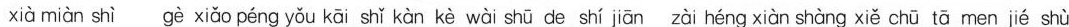
xià miàn shì gè xiǎo péng yǒu kāi shǐ kàn kè wài shū de shí jiān zài héng xiàn shàng xiě chū tā men jé shù